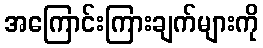
အကြောင်းကြားချက်များကို